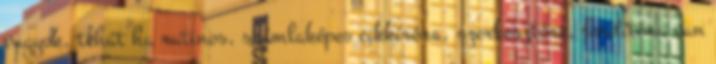
vagyok, tehát ha rutinos, számlaképes cikkíróra, szerkesztőre, fordítóra van